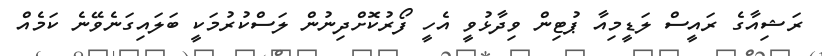
ރަޝިއާގެ ރައީސް ލަޑީމިއާ ޕުޓިން ވިދާޅުވީ އެހީ ފޯރުކޮށްދިިނުން ލަސްކުރުމަކީ ބަލައިގަނެވޭނެ ކަމެއް